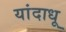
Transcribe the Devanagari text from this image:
यांदाधू